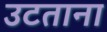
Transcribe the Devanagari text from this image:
उटताना